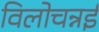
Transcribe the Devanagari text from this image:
विलोचन्नई